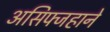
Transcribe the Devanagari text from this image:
असिफ्जहाने